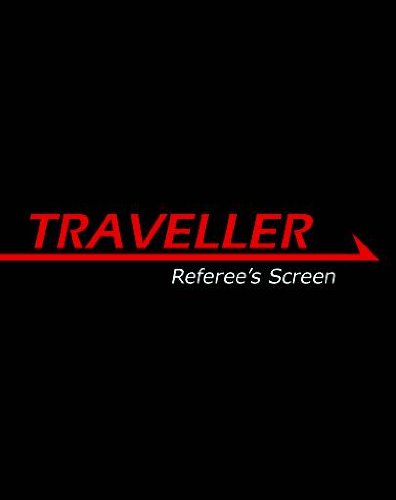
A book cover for Traveller Referee's Screen (MGP3824); Science Fiction & Fantasy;